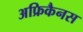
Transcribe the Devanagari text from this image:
अफ्रिकैनस